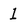
Character: 1